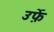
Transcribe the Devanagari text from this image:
उर्फ़े